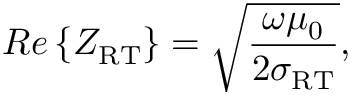
R e \left\{ Z _ { \mathrm { R T } } \right\} = \sqrt { \frac { \omega \mu _ { 0 } } { 2 \sigma _ { \mathrm { R T } } } } ,